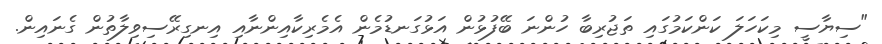
"ސިޔާސީ މިކަހަލަ ކަންކަމުގައި ތަޖުރިބާ ހުންނަ ބޭފުޅުން އަޅުގަނޑުމެން އެމެރިކާއިންނާއި އިނގިރޭސިވިލާތުން ގެނައިން.